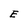
Character: E